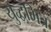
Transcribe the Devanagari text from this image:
युद्धमित्र